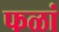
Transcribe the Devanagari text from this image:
फळां